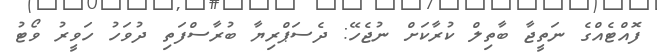
ފޮއްޓެއްގެ ނަތީޖާ ބާތިލް ކުރާކަށް ނުޖެހޭ: ދެސަޕްރިޔާ ބުރާސްފަތި ދުވަހު ހަވީރު ވޯޓު